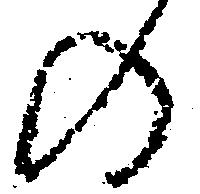
の